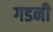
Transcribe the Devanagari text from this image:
गडनी